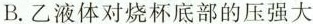
B.乙液体对烧杯底部的压强大